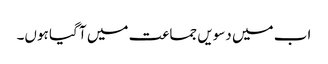
اب میں دسویں جماعت میں آ گیا ہوں۔